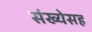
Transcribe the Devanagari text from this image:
संख्येसह